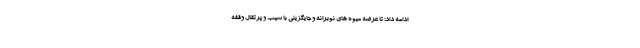
ادامه داد: تا عرضه میوه های نوبرانه و جایگزینی با سیب و پرتقال وقفه